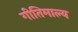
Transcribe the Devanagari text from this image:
गीतिमाल्य